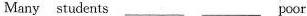
Many students___ ___poor